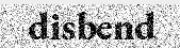
disbend